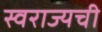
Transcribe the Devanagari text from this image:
स्वराज्यची